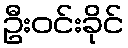
ဦးဝင်းခိုင်